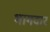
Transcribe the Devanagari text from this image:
भागदार